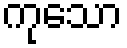
ကုသော